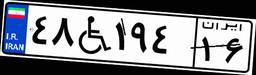
۴۸W۱۹۴۱۶